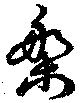
槃